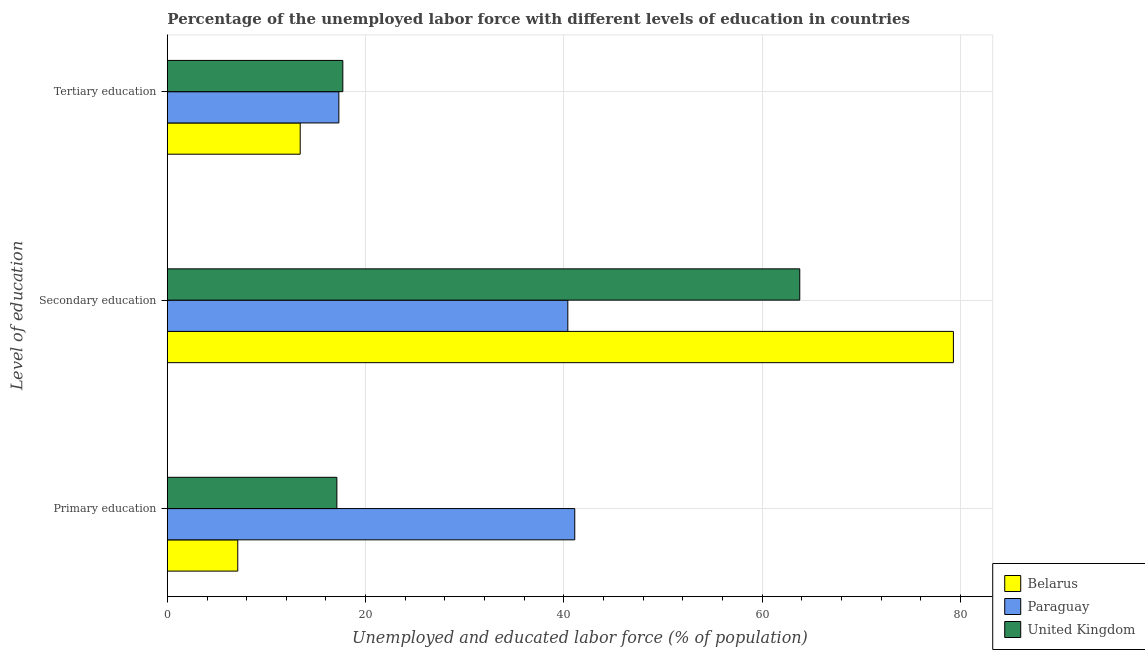
| Level of education | Belarus | Paraguay | United Kingdom |
 | --- | --- | --- | --- |
 | Primary education | 7.1 | 41.1 | 17.1 |
 | Secondary education | 79.3 | 40.4 | 63.8 |
 | Tertiary education | 13.4 | 17.3 | 17.7 |